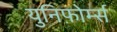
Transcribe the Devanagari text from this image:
युनिफ़ोर्म्स